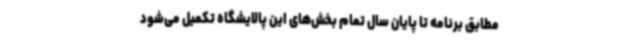
مطابق برنامه تا پایان سال تمام بخش‌های این پالایشگاه تکمیل می‌شود